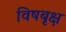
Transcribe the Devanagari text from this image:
विषबृक्ष